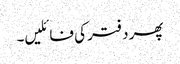
پھر دفتر کی فائلیں۔